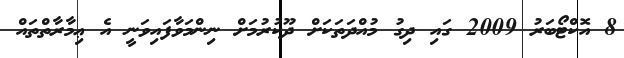
8 އޮކްޓޯބަރު 2009 ގައި ދިގު މުއްދަތަކަށް ދޫކުރުމަށް ނިންމަވާފައިވަނީ އެ ޢިމާރާތްތައް